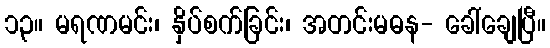
၁၃။ မရဏမင်း၊ နှိပ်စက်ခြင်း၊ အတင်းမဓန- ခေါ်ချေပြီ။